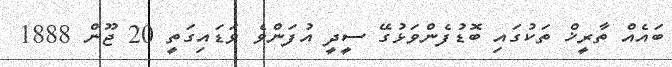
ބައެއް ތާރީޚް ތަކުގައި ބޮޑުފެންވަޅުގޭ ސީދީ އުފަންވެ ވަޑައިގަތީ 20 ޖޫން 1888